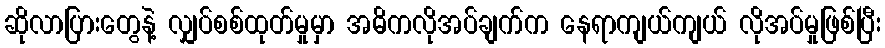
ဆိုလာပြားတွေနဲ့ လျှပ်စစ်ထုတ်မှုမှာ အဓိကလိုအပ်ချက်က နေရာကျယ်ကျယ် လိုအပ်မှုဖြစ်ပြီး